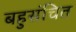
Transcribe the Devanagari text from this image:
बहुसंचित